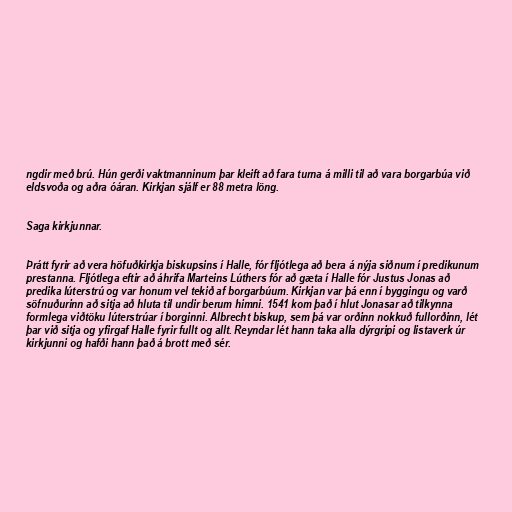
ngdir með brú. Hún gerði vaktmanninum þar kleift að fara turna á milli til að vara borgarbúa við
eldsvoða og aðra óáran. Kirkjan sjálf er 88 metra löng.

Saga kirkjunnar.

Þrátt fyrir að vera höfuðkirkja biskupsins í Halle, fór fljótlega að bera á nýja siðnum í predikunum
prestanna. Fljótlega eftir að áhrifa Marteins Lúthers fór að gæta í Halle fór Justus Jonas að
predika lúterstrú og var honum vel tekið af borgarbúum. Kirkjan var þá enn í byggingu og varð
söfnuðurinn að sitja að hluta til undir berum himni. 1541 kom það í hlut Jonasar að tilkynna
formlega viðtöku lúterstrúar í borginni. Albrecht biskup, sem þá var orðinn nokkuð fullorðinn, lét
þar við sitja og yfirgaf Halle fyrir fullt og allt. Reyndar lét hann taka alla dýrgripi og listaverk úr
kirkjunni og hafði hann það á brott með sér.